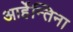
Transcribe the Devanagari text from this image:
आर्हेन्तिना